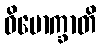
ဝိမောက္ခာတိ